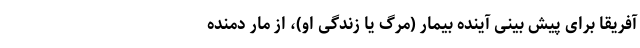
آفریقا برای پیش بینی آینده بیمار (مرگ یا زندگی او)، از مار دمنده